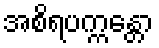
အစိရပက္ကန္တော